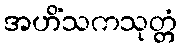
အဟိံသကသုတ္တံ